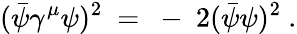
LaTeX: (\bar{\psi}\gamma^{\mu}\psi)^{2}~=~-~2(\bar{\psi}\psi)^{2}~.